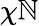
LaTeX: \chi\mathbb{N}